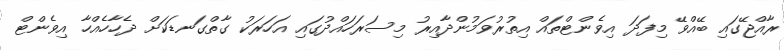
ރާއްޖޭގައި ބޭއްވޭ މިފަދަ އިވެންޓްތައް އިތުރުވަމުންދާއިރު މިސަރަހައްދުގައި އަހަރަކު ގާތްގަނޑަކަށް ދެހާހެއްހާ އިވެންޓް